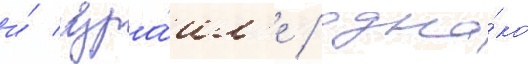
и́ изра́ил'е / одна́ко